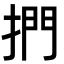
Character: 捫